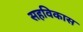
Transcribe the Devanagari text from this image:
सहविकास